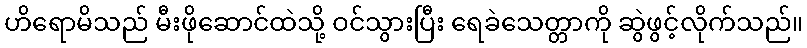
ဟိရောမိသည် မီးဖိုဆောင်ထဲသို့ ဝင်သွားပြီး ရေခဲသေတ္တာကို ဆွဲဖွင့်လိုက်သည်။